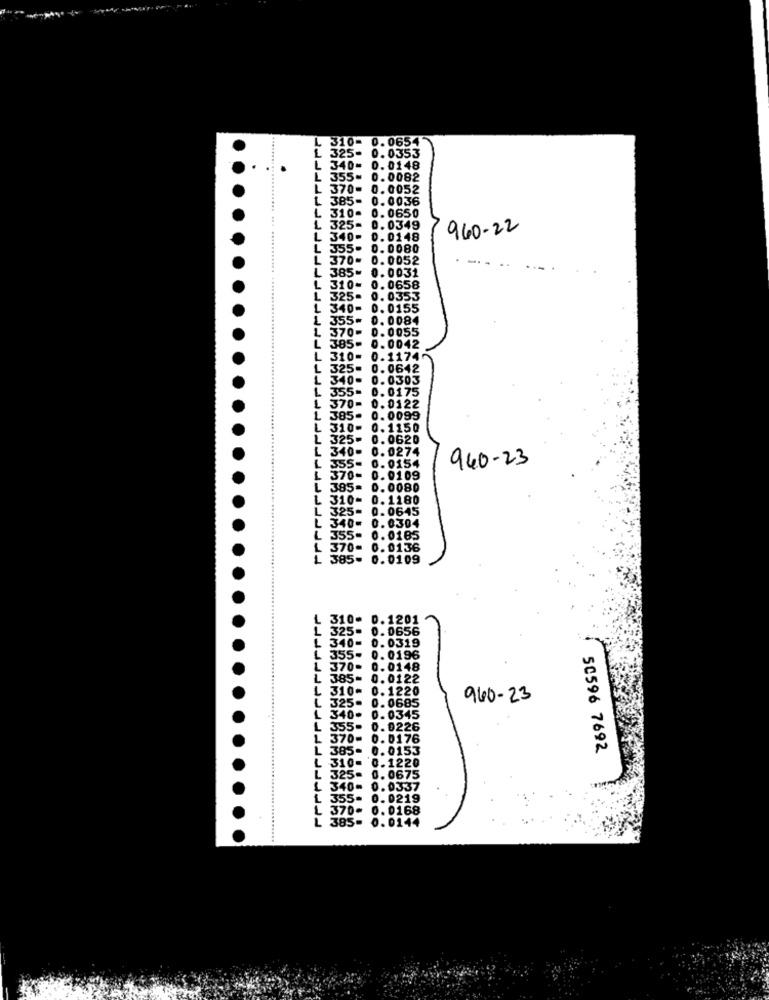
340-
148
355- 0.0082
370-
0. 0052
385-
0. 0036
310-
0. 0650
L 325- 0.0349
960-22
L 340- 0.0148
L 355- 0.0080
L 370= 0.0052
L 385- 0.0031
L 310- 0.0658
0658
L 325- 0.0353
L 340- 0. 0155
1 355- 0.0084
L 370- 0.0055
₡ 385- 0.0042
L 310= 0.1174
L 325= 0.0642
340- 0.0303
L 355- 0.0175
L 370- 0.0122
L 385- 0.0099
L 310- 0.1150
L 325= 0.0620
340- 0.0274
940-23
L 355- 0.0154
370- 0.0109
L 385= 0.0080
L 310- 0.1180
L 325- 0.0645
L 340-
0.0304
L 355- 0.0185
L 370- 0.0136
L 385- 0.0109
L 310- 0.1201
0. 0656
340- 0.0319
L
355- 0.0196
1
370-
0.0148
385-
0.0122
L 310-
0.1220
L 325.
0.0685
960-23
1 340- 0.0345
L
355-
0.0226
L 370- 0.0176
L
385- 0.0153
50596 7692
L 310- 0.1220
L 325- 0. 0675
L 340- 0.0337
1 355= 0.0219
L 370= 0.0168
L 385- 0.01
44